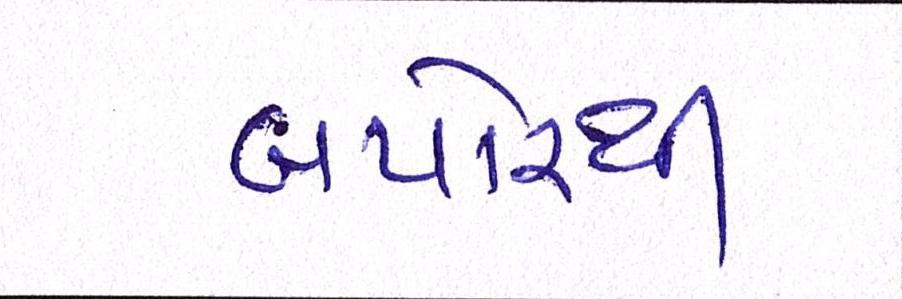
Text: બપોરથી